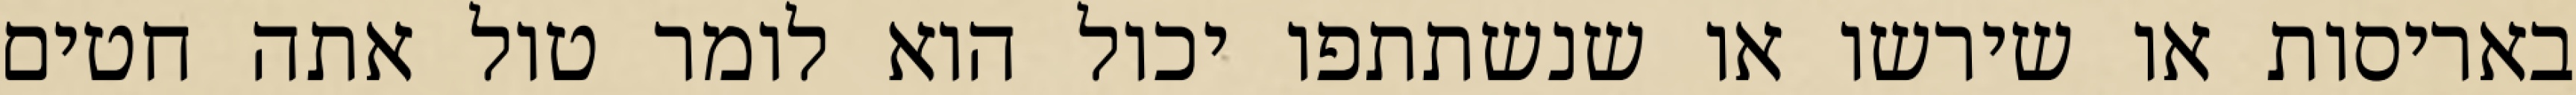
באריסות או שירשו או שנשתתפו יכול הוא לומר טול אתה חטים